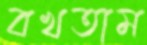
বখতাম